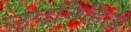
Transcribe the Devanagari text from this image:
उपनिहिती